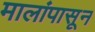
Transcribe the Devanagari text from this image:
मालांपासून